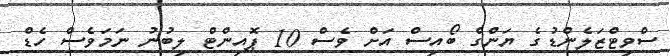
ސްވިޓްޒަލެންޑުގެ ޔަންގް ބޯއިސް އަށް ވެސް 10 ޕޮއިންޓް ލިބުނު ނަމަވެސް ހެޑް